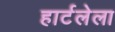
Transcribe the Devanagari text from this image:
हार्टलेला